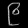
Digit: ၉